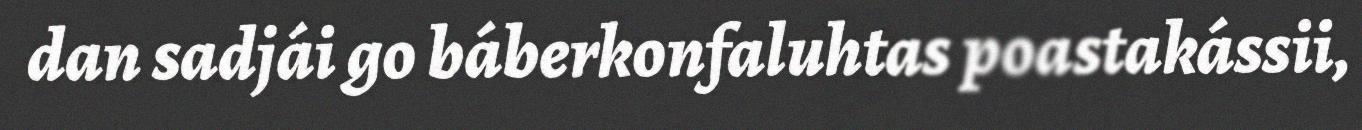
dan sadjái go báberkonfaluhtas poastakássii,